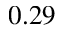
0 . 2 9